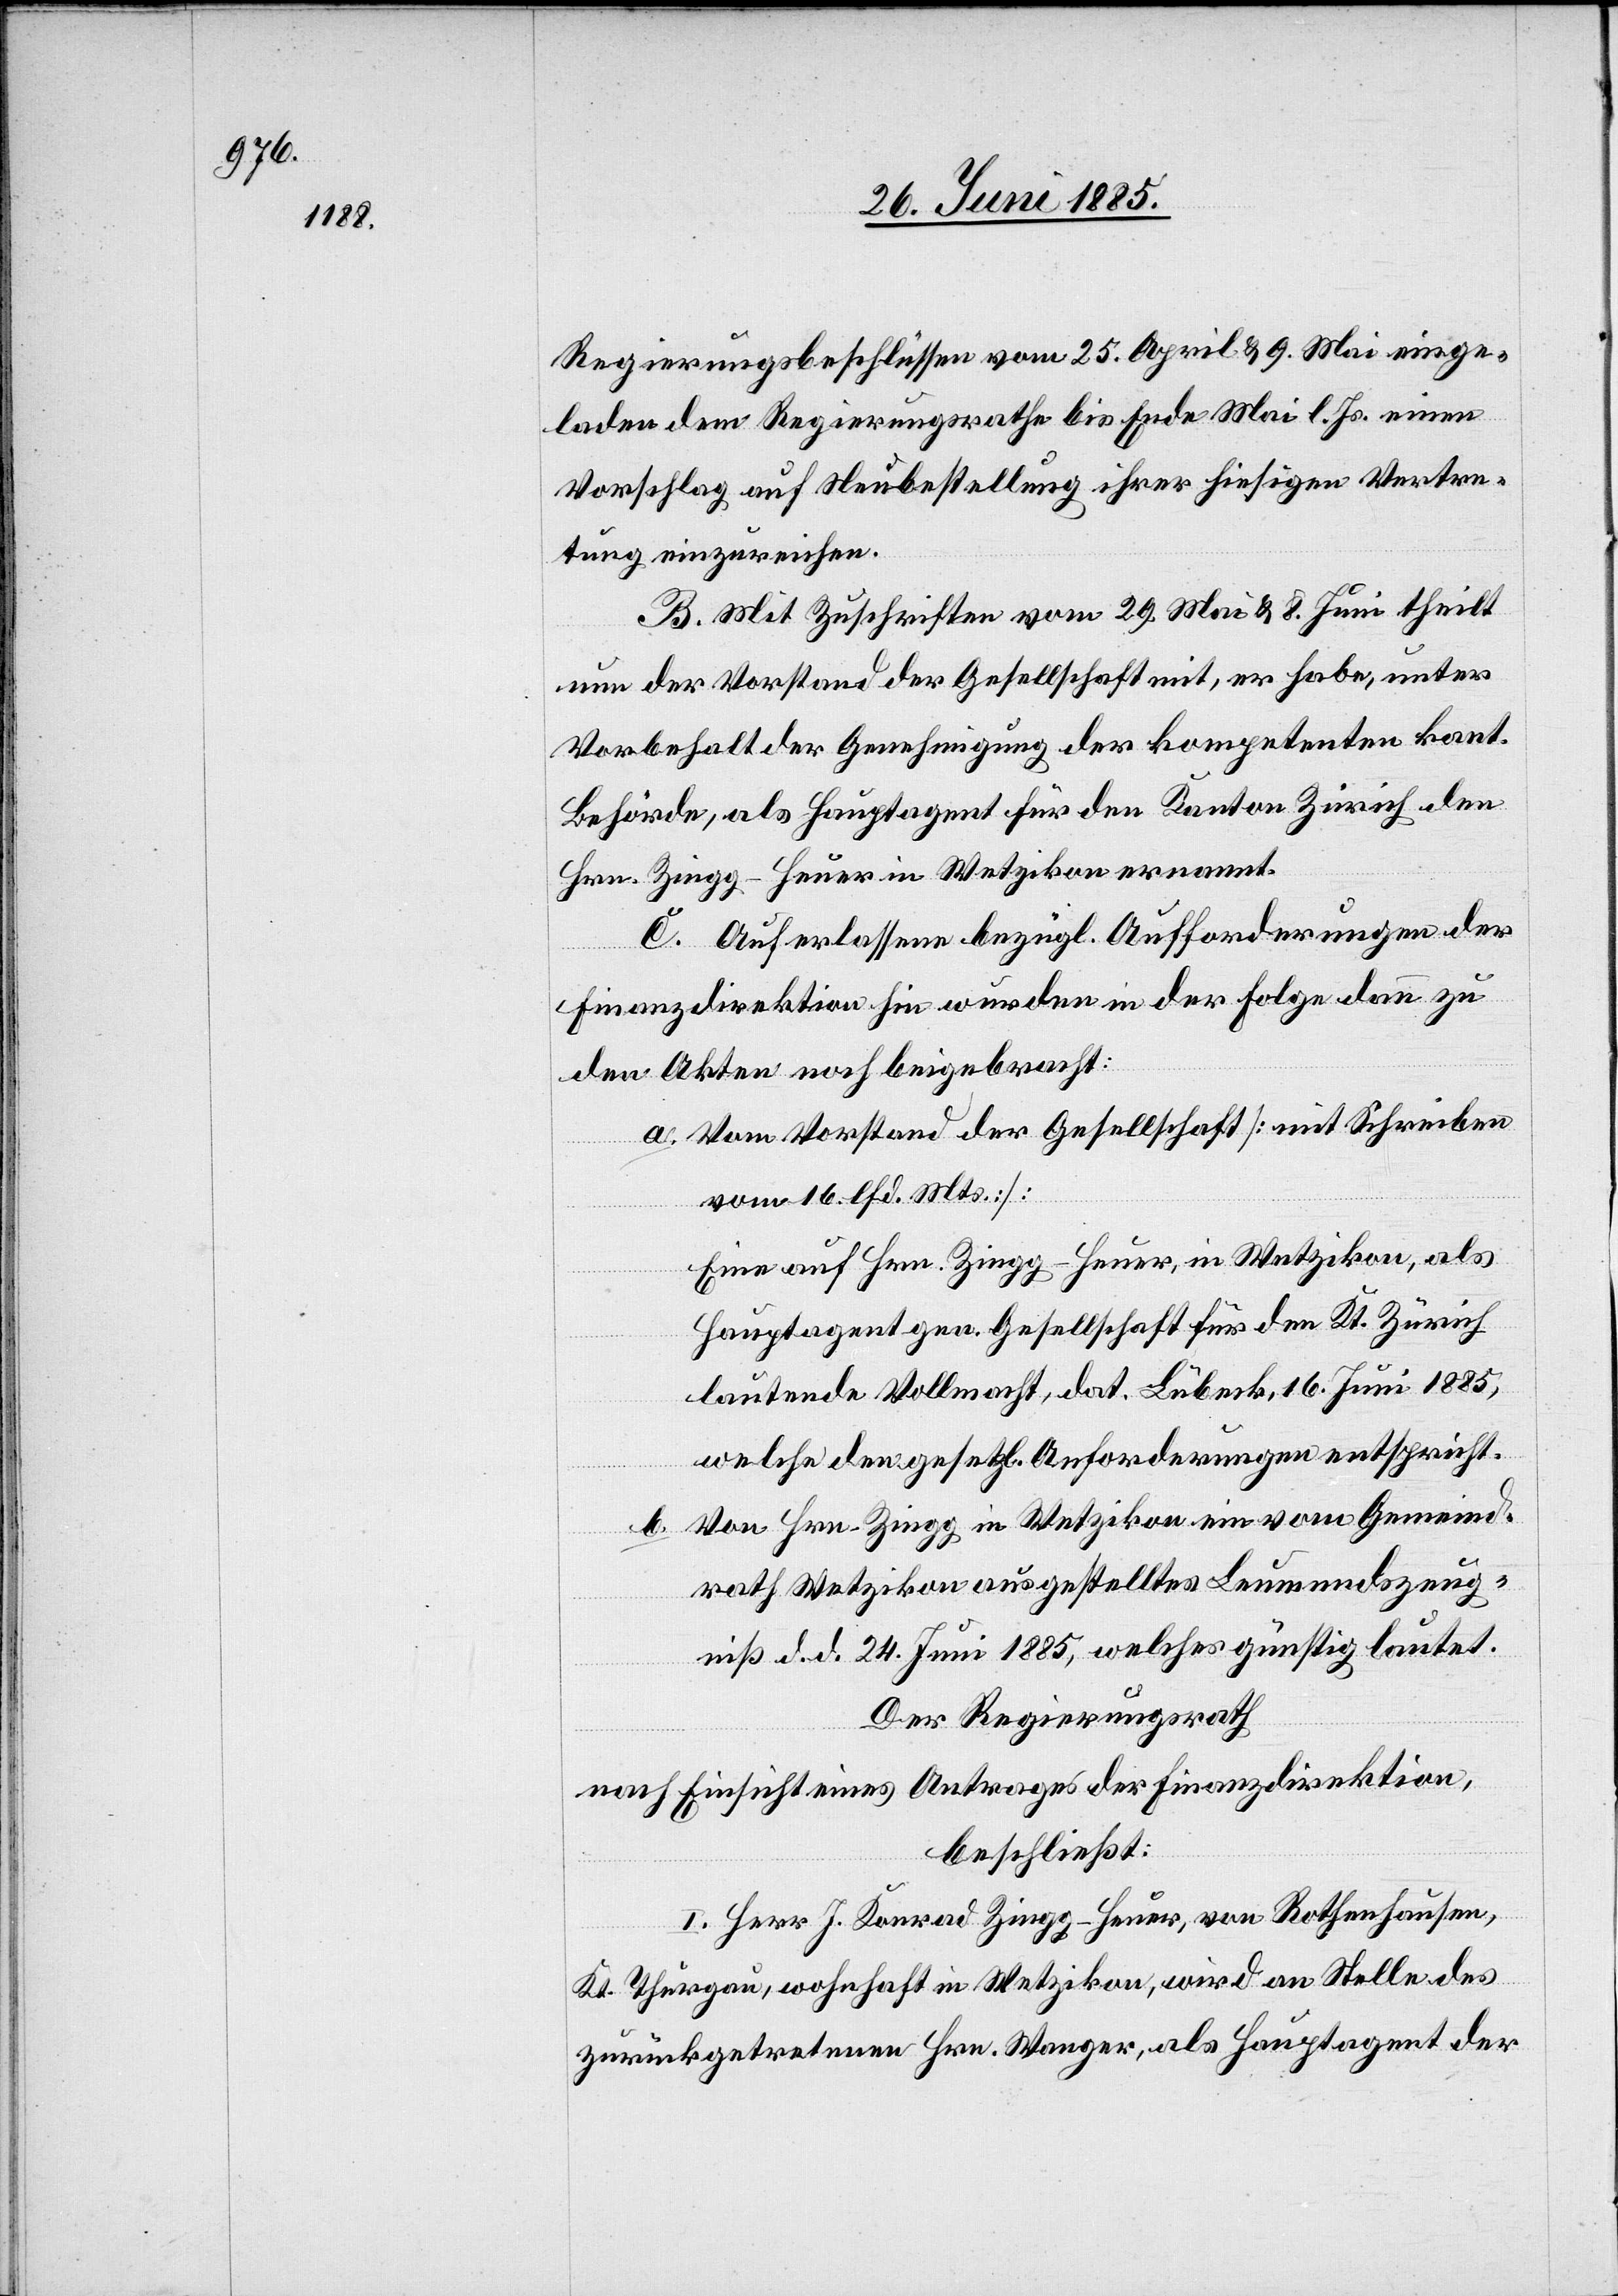
Regierungsbeschlüssen vom 25. April & 9. Mai einge¬
laden dem Regierungsrathe bis Ende Mai l. Js. einen
Vorschlag auf Neubestellung ihrer hiesigen Vertre¬
tung einzureichen.
B. Mit Zuschriften vom 29. Mai & 8. Juni theilt
nun der Vorstand der Gesellschaft mit, er habe, unter
Vorbehalt der Genehmigung der kompetenten kant.
Behörde, als Hauptagent für den Kanton Zürich den
Hrn. Zingg-Heuer in Wetzikon ernannt.
C. Auf erlassene bezügl. Aufforderungen der
Finanzdirektion hin wurden in der Folge dann zu
den Akten noch beigebracht:
a. Vom Vorstand der Gesellschaft [mit Schreiben
vom 16. lfd. Mts.]:
Eine auf Hrn. Zingg-Heuer, in Wetzikon, als
Hauptagent gen. Gesellschaft für den Kt. Zürich
lautende Vollmacht, dat. Lübeck, 16. Juni 1885,
welche den gesetzl. Anforderungen entspricht.
Von Hrn. Zingg in Wetzikon ein vom Gemeind¬
b.
rath Wetzikon ausgestelltes Leumundszeug¬
niß d. d. 24. Juni 1885, welches günstig lautet.
Der Regierungsrath
nach Einsicht eines Antrages der Finanzdirektion,
beschließt:
I. Herr J. Konrad Zingg-Heuer, von Rothenhausen,
Kt. Thurgau, wohnhaft in Wetzikon, wird an Stelle des
zurückgetretenen Hrn. Wanger, als Hauptagent der